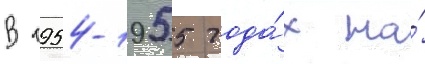
В 1954-1955 года́х на́